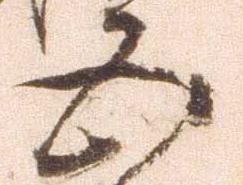
五